Lunatic asylums in Bengal annual reports 1912-1924 - 1912-1924
Year: 1912
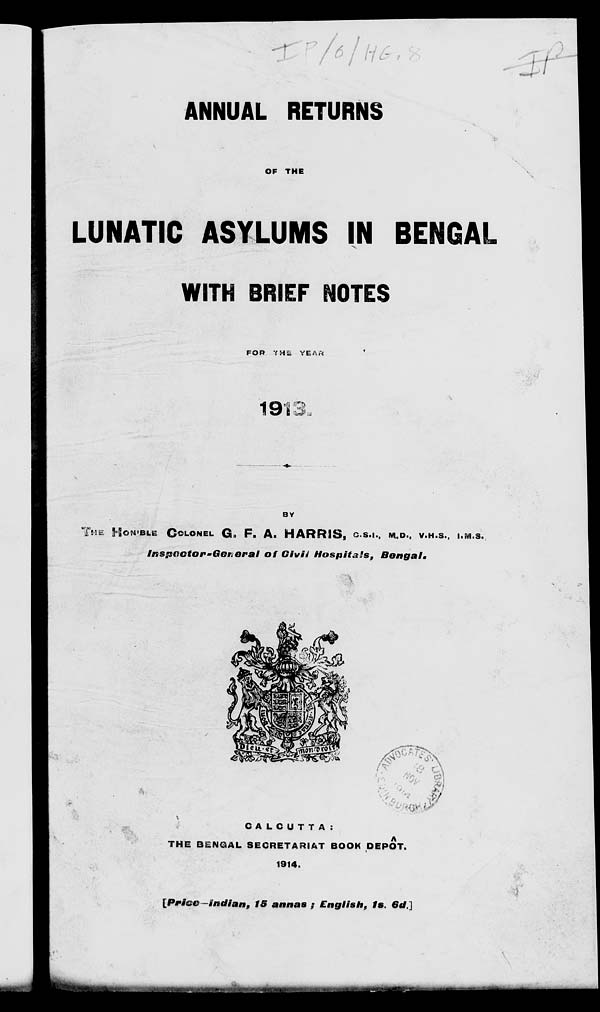
ANNUAL RETURNS
OF THE
LUNATIC ASYLUMS IN BENGAL
WITH BRIEF NOTES
FOR THE YEAR
1913
BY
THE HON'BLE COLONEL G. F. A. HARRIS, C.S.I., M.D., V.H.S., I.M.S.
Inspector-General
of Civil Hospitals,
Bengal.
CALCUTTA:
THE BENGAL SECRETARIAT BOOK DEPÔT.
1914.
[Price-Indian, 15 annas ; English,
1s. 6d.]